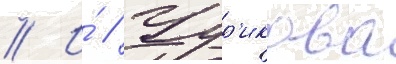
// И́ // Чур'икова